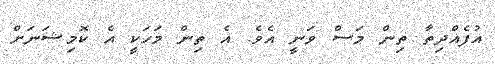
އުފެއްދިތާ ތިން މަސް ވަނީ އެވެ. އެ ތިން މަހަކީ އެ ކޮމިޝަނަށް